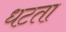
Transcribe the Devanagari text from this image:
धटता